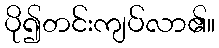
ပို၍တင်းကျပ်လာ၏။